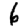
Digit: 6